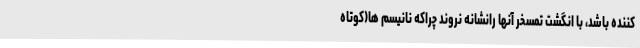
کننده باشد، با انگشت تمسخر آنها رانشانه نروند چراکه نانیسم ها(کوتاه